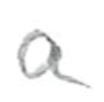
Text: a
Cross-out: clean
Writing tool: pencil